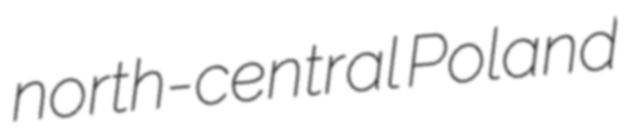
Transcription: north-central Poland